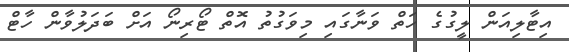
އިޓާލިއަން ލީގުގެ ހަތް ވަނާގައި މިވަގުތު އޮތް ޓޯރިނޯ އަށް ބަދަލުވާން ހާޓް